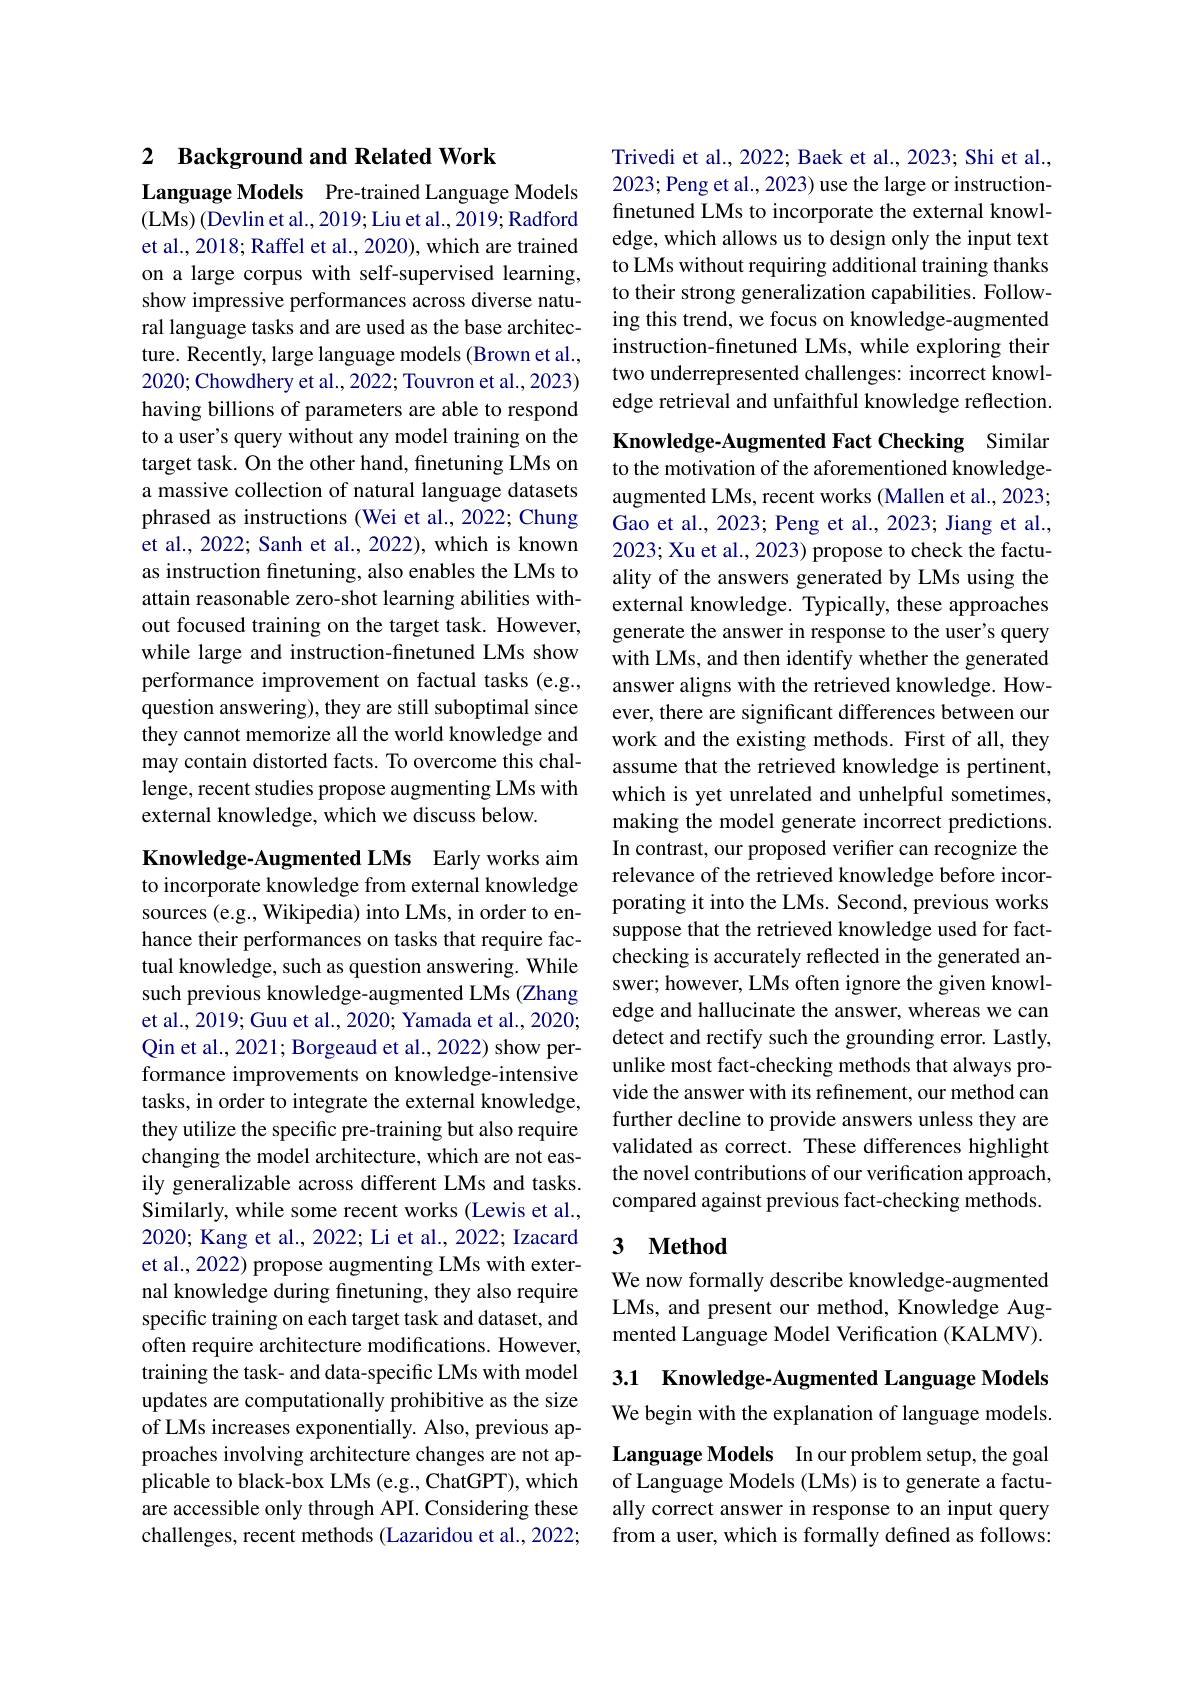
# 2 Background and Related Work

Language Models Pre-trained Language Models (LMs) (Devlin et al., 2019; Liu et al., 2019; Radford

et al., 2018; Raffel et al., 2020), which are trained on a large corpus with self-supervised learning, show impressive performances across diverse natural language tasks and are used as the base architecture. Recently, large language models (Brown et al., 2020; Chowdhery et al., 2022; Touvron et al., 2023) having billions of parameters are able to respond to a user's query without any model training on the target task. On the other hand, finetuning LMs on a massive collection of natural language datasets phrased as instructions (Wei et al.,2022; Chung et al., 2022; Sanh et al., 2022), which is known as instruction finetuning, also enables the LMs to attain reasonable zero-shot learning abilities without focused training on the target task. However, while large and instruction-finetuned LMs show performance improvement on factual tasks (e.g., question answering), they are still suboptimal since they cannot memorize all the world knowledge and may contain distorted facts. To overcome this challenge, recent studies propose augmenting LMs with external knowledge, which we discuss below.

Knowledge-Augmented LMs Early works aim to incorporate knowledge from external knowledge sources (e.g., Wikipedia) into LMs, in order to enhance their performances on tasks that require factual knowledge, such as question answering. While such previous knowledge-augmented LMs (Zhang et al., 2019; Guu et al., 2020; Yamada et al., 2020; Qin et al., 2021; Borgeaud et al., 2022) show performance improvements on knowledge-intensive tasks, in order to integrate the external knowledge, they utilize the specific pre-training but also require changing the model architecture, which are not easily generalizable across different LMs and tasks. Similarly, while some recent works (Lewis et al., 2020; Kang et al., 2022; Li et al., 2022; Izacard et al., 2022) propose augmenting LMs with external knowledge during finetuning, they also require specific training on each target task and dataset, and often require architecture modifications. However, training the task- and data-specific LMs with model updates are computationally prohibitive as the size of LMs increases exponentially. Also, previous approaches involving architecture changes are not applicable to black-box LMs (e.g., ChatGPT), which are accessible only through API. Considering these challenges, recent methods (Lazaridou et al., 2022;

Trivedi et al., 2022; Baek et al., 2023; Shi et al., 2023; Peng et al., 2023) use the large or instructionfinetuned LMs to incorporate the external knowledge, which allows us to design only the input text to LMs without requiring additional training thanks to their strong generalization capabilities. Following this trend, we focus on knowledge-augmented instruction-finetuned LMs, while exploring their two underrepresented challenges: incorrect knowledge retrieval and unfaithful knowledge reflection.

Knowledge-Augmented Fact Checking Similar to the motivation of the aforementioned knowledgeaugmented LMs, recent works (Mallen et al., 2023; Gao et al., 2023; Peng et al., 2023; Jiang et al., 2023; Xu et al., 2023) propose to check the factuality of the answers generated by LMs using the external knowledge. Typically, these approaches generate the answer in response to the user's query with LMs, and then identify whether the generated answer aligns with the retrieved knowledge. However, there are significant differences between our work and the existing methods. First of all, they assume that the retrieved knowledge is pertinent, which is yet unrelated and unhelpful sometimes, making the model generate incorrect predictions. In contrast, our proposed verifier can recognize the relevance of the retrieved knowledge before incorporating it into the LMs. Second, previous works suppose that the retrieved knowledge used for factchecking is accurately reflected in the generated answer; however, LMs often ignore the given knowledge and hallucinate the answer, whereas we can detect and rectify such the grounding error. Lastly, unlike most fact-checking methods that always provide the answer with its refinement, our method can further decline to provide answers unless they are validated as correct. These differences highlight the novel contributions of our verification approach, compared against previous fact-checking methods.

### 3 $\textbf{Method}$

We now formally describe knowledge-augmented LMs, and present our method, Knowledge Augmented Language Model Verification (KALMV).

3.1 Knowledge-Augmented Language Models We begin with the explanation of language models.

Language Models In our problem setup, the goal of Language Models (LMs) is to generate a factually correct answer in response to an input query from a user, which is formally defined as follows: